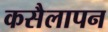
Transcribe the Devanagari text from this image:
कसैलापन